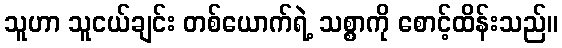
သူဟာ သူငယ်ချင်း တစ်ယောက်ရဲ့ သစ္စာကို စောင့်ထိန်းသည်။